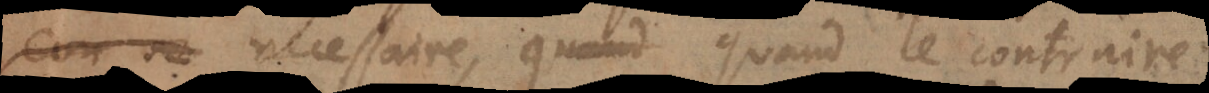
necessaire, quand le contraire